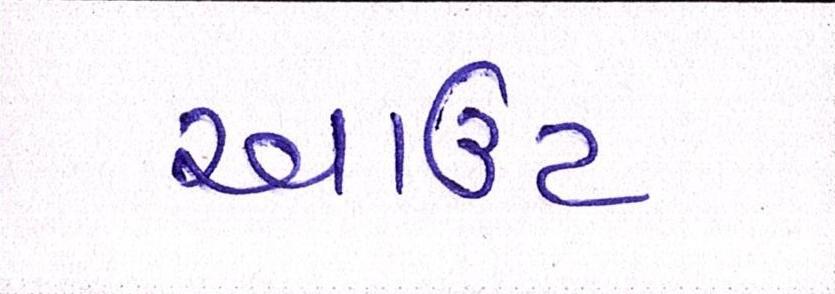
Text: આઉટ